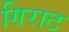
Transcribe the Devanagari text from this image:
गिराट